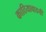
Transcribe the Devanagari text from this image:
काठियावाडची